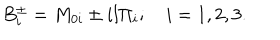
B _ { i } ^ { \pm } = M _ { 0 i } \pm i l \Pi _ { i } ; \quad i = 1 , 2 , 3 .